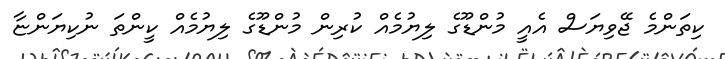
ކިތަންމެ ޖޭވިޔަސް އެއީ މުންޑޫގެ ލިޔުމެއް ކުރިން މުންޑޫގެ ލިޔުމެއް ކީންތަ ނުކިޔަންޏާ